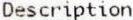
DESCRIPTION